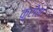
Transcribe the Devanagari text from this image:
क़ुरोश